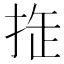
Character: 𢭉